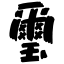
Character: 璽